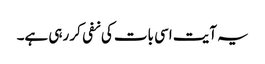
یہ آیت اسی بات کی نفی کر رہی ہے۔